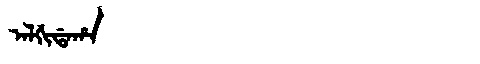
Manchu: ᠠᠯᡤᡳᡩᠠᡥᠠ
Romanization: ALGIDAHA